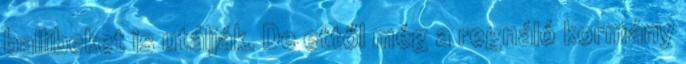
ballibeket is utálják. De ettől még a regnáló kormány